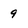
Character: 9